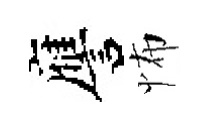
譍怖